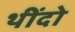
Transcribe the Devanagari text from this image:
थींदो